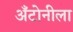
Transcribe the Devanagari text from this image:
अँटोनीला